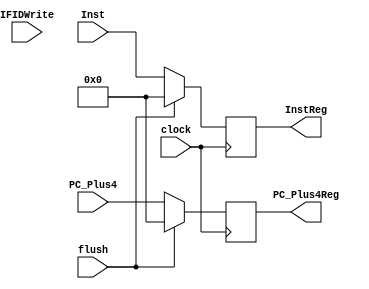
module IFID(flush,clock,IFIDWrite,PC_Plus4,Inst,InstReg,PC_Plus4Reg); 
    input [31:0] PC_Plus4,Inst; 
    input clock,IFIDWrite,flush; 
    output reg [31:0] InstReg = 0, PC_Plus4Reg = 0; 
     
    always@(posedge clock) 
    begin 
        if(flush) 
        begin 
           InstReg <= 0; 
           PC_Plus4Reg <=0; 
        end 
        else
        begin 
           InstReg <= Inst; 
           PC_Plus4Reg <= PC_Plus4; 
        end 
//$display("InstReg: %x , PC_Plus4Reg: %d ",InstReg,PC_Plus4Reg);
    end 
 
endmodule